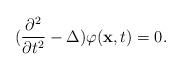
LaTeX: \begin{align*}(\frac{\partial ^2}{\partial t^2}-\Delta)\varphi (\hbox {\bf x},t)=0.\end{align*}